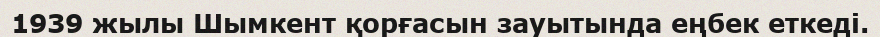
1939 жылы Шымкент қорғасын зауытында еңбек еткеді.